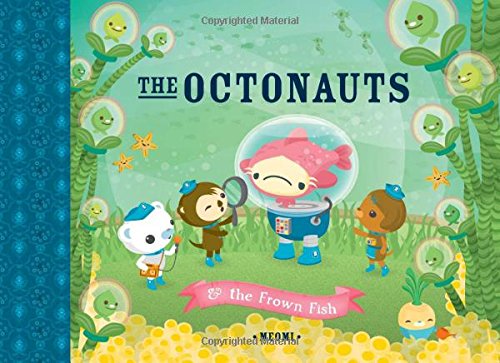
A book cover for The Octonauts & the Frown Fish; Meomi; Children's Books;